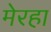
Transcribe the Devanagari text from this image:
मेरहा